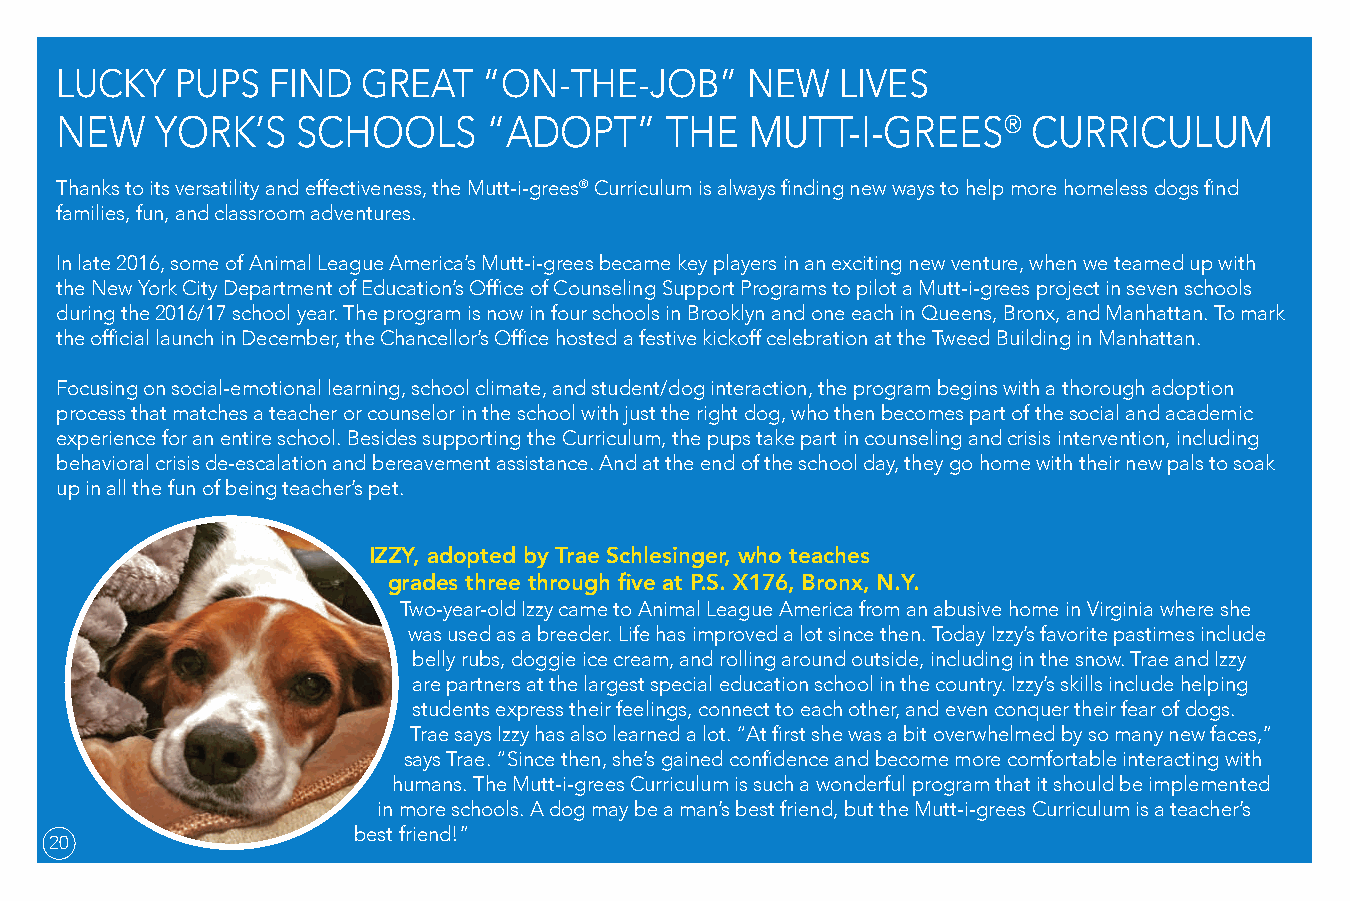
LUCKY   PUPS  FIND  GREAT   “ON-THE-JOB”     NEW    LIVES
 NEW   YORK’S    SCHOOLS     “ADOPT”     THE   MUTT-I-GREES®     CURRICULUM
 Thanks to its versatility and effectiveness, the Mutt-i-grees® Curriculum is always finding new ways to help more homeless dogs find
 families, fun, and classroom adventures.
 In late 2016, some of Animal League America’s Mutt-i-grees became key players in an exciting new venture, when we teamed up with
 the New York City Department of Education’s Office of Counseling Support Programs to pilot a Mutt-i-grees project in seven schools
 during the 2016/17 school year. The program is now in four schools in Brooklyn and one each in Queens, Bronx, and Manhattan. To mark
 the official launch in December, the Chancellor’s Office hosted a festive kickoff celebration at the Tweed Building in Manhattan.
 Focusing on social-emotional learning, school climate, and student/dog interaction, the program begins with a thorough adoption
 process that matches a teacher or counselor in the school with just the right dog, who then becomes part of the social and academic
 experience for an entire school. Besides supporting the Curriculum, the pups take part in counseling and crisis intervention, including
 behavioral crisis de-escalation and bereavement assistance. And at the end of the school day, they go home with their new pals to soak
 up in all the fun of being teacher’s pet.
 IZZY, adopted by Trae Schlesinger, who teaches
 grades three through five at P.S. X176, Bronx, N.Y.
 Two-year-old Izzy came to Animal League America from an abusive home in Virginia where she
 was used as a breeder. Life has improved a lot since then. Today Izzy’s favorite pastimes include
 belly rubs, doggie ice cream, and rolling around outside, including in the snow. Trae and Izzy
 are partners at the largest special education school in the country. Izzy’s skills include helping
 students express their feelings, connect to each other, and even conquer their fear of dogs.
 Trae says Izzy has also learned a lot. “At first she was a bit overwhelmed by so many new faces,”
 says Trae. “Since then, she’s gained confidence and become more comfortable interacting with
 humans. The Mutt-i-grees Curriculum is such a wonderful program that it should be implemented
 in more schools. A dog may be a man’s best friend, but the Mutt-i-grees Curriculum is a teacher’s
 best friend!”
 20